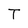
Character: T